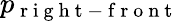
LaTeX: p_{\mathrm{~r~i~g~h~t~-~f~r~o~n~t~}}